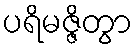
ပရိမဇ္ဇိတွာ